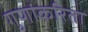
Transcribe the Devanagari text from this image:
गुणांकरिता